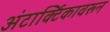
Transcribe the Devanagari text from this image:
अंटार्क्टिकावरून